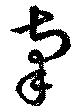
南